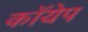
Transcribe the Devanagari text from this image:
कॉयेप